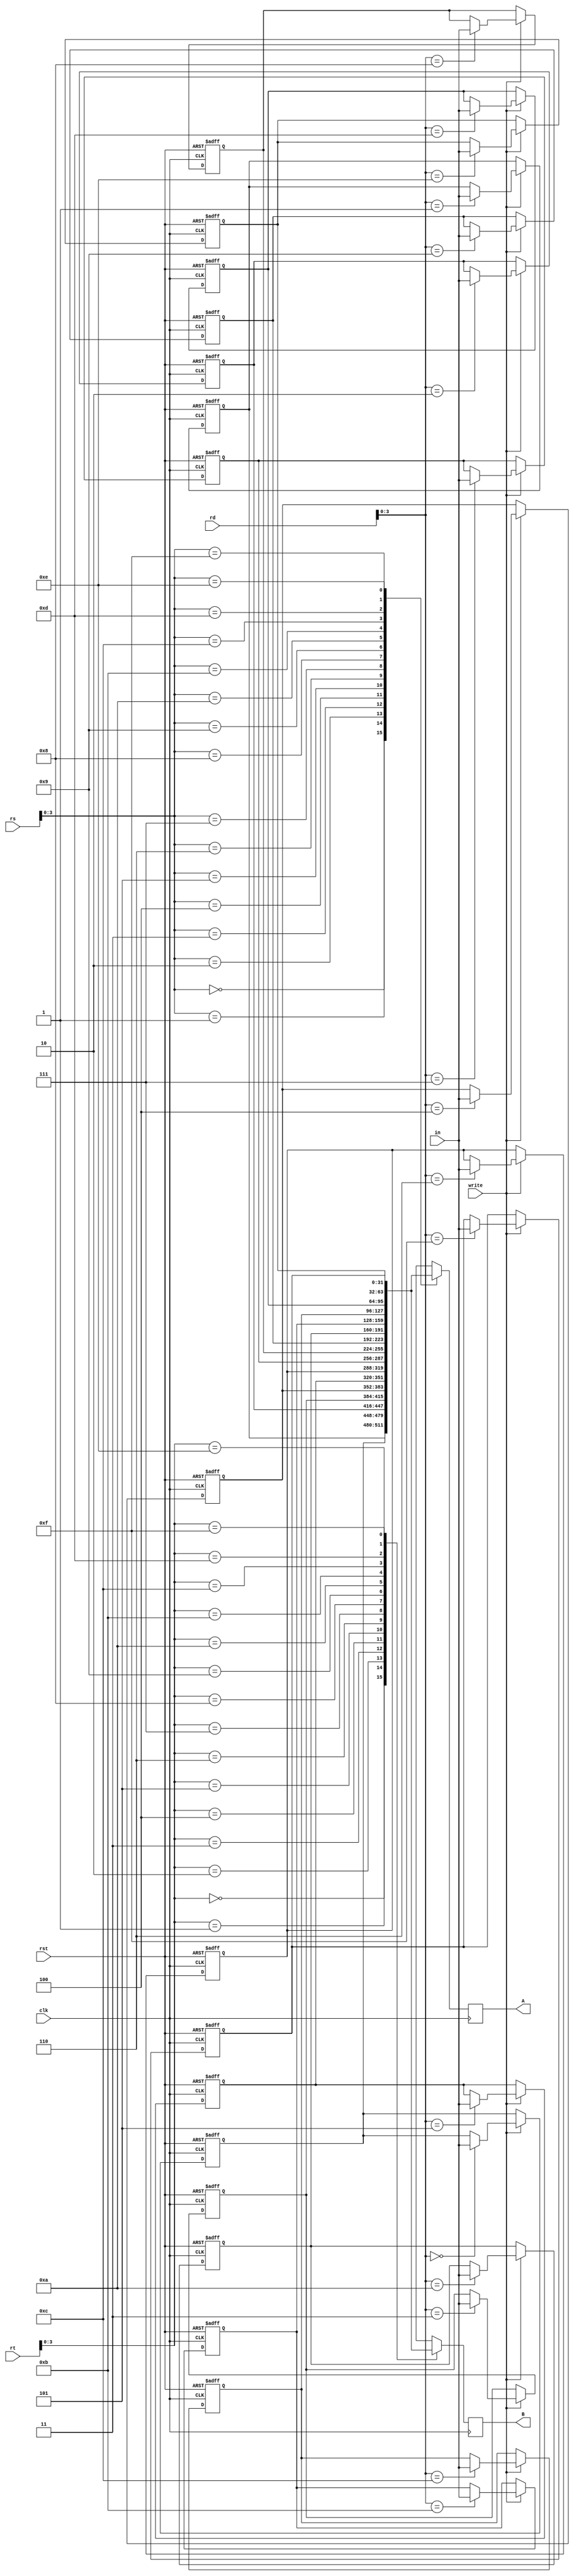
module registerfile (
	input [4:0]	rs,rt,rd,
	input	[31:0] in,
	input write,clk,rst,
   output reg [31:0] A,B
	);

	integer k;
	
	reg [31:0] M [0:15];
	
	always@(negedge clk, negedge rst) begin
		if(~rst)
			for(k = 0; k < 16; k = k+1) 
			begin
				M[k] = 32'b0;
			end
		else if (write) 
			M[rd] <= in;
	end
	
	always@(posedge clk) begin
			A <= M[rs];
			B <= M[rt];
	end
	
endmodule